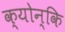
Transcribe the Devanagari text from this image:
क्योन्कि